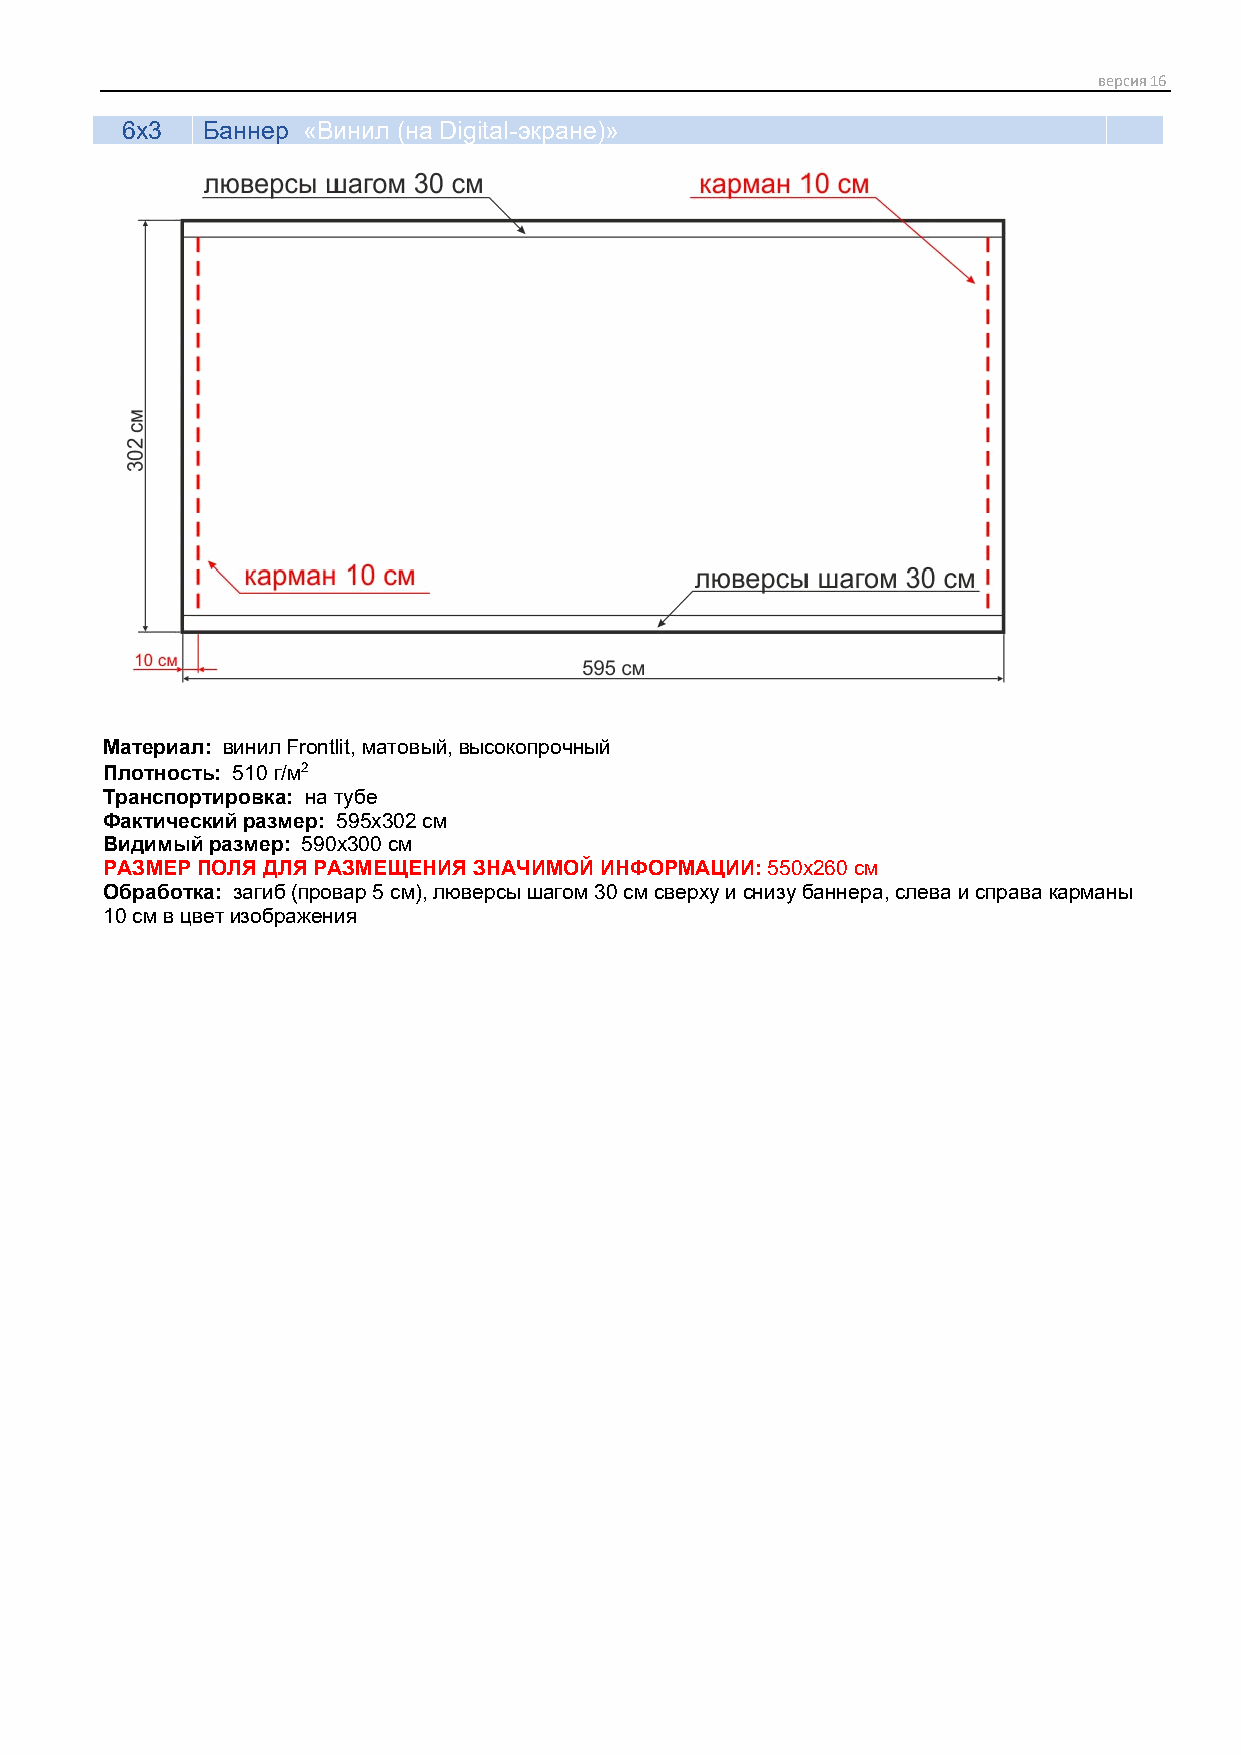
версия 16
 6х3  Баннер «Винил (на Digital-экране)»
 Материал: винил Frontlit, матовый, высокопрочный
 Плотность: 510 г/м2
 Транспортировка: на тубе
 Фактический размер: 595х302 см
 Видимый размер: 590х300 см
 РАЗМЕР ПОЛЯ ДЛЯ РАЗМЕЩЕНИЯ ЗНАЧИМОЙ ИНФОРМАЦИИ: 550х260 см
 Обработка: загиб (провар 5 см), люверсы шагом 30 см сверху и снизу баннера, слева и справа карманы
 10 см в цвет изображения